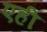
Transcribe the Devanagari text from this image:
एही